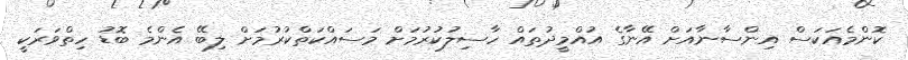
ކޮންމެއަކަސް އިންސާނާއަށް އޭނާގެ އުއްމީދުތައް ހާސިލުކުރުމަށް މަސައްކަތްކުރުމަށް ލިބޭ އެންމެ ބޮޑު ހިތްވަރަކީ